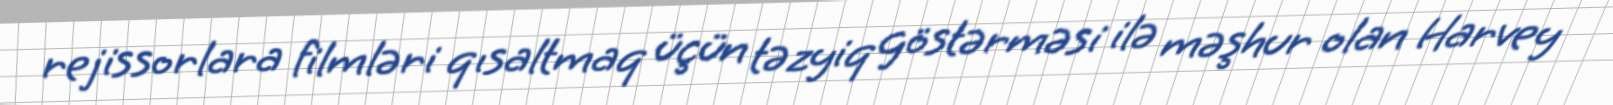
rejissorlara filmləri qısaltmaq üçün təzyiq göstərməsi ilə məşhur olan Harvey